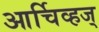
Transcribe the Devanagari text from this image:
आर्चिव्हज्